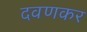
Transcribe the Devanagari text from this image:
दवणकर